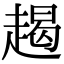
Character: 𧼨